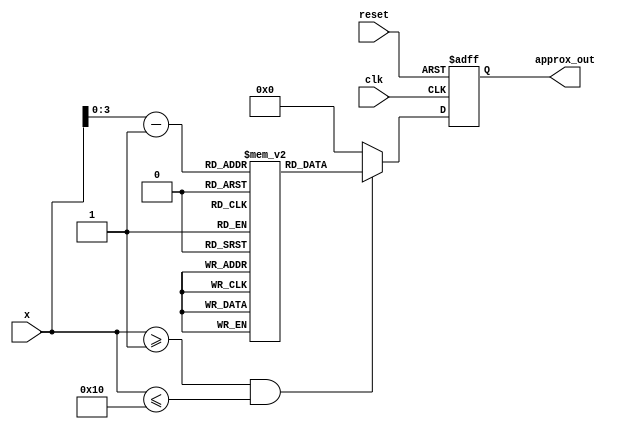
module approx_reciprocal (
    input wire [31:0] x,         // Input value (32-bit)
    output reg [31:0] approx_out, // Approximate reciprocal output (32-bit)
    input wire clk,              // Clock signal
    input wire reset             // Reset signal
);
    
    // LUT for approximate reciprocals for inputs in the range [1, 16]
    reg [31:0] lut [0:15]; // 16 entries for 4-bit input
    initial begin
        lut[0] = 32'hFFFFFFFF; // 1/1 (approx)
        lut[1] = 32'h7FFFFFFF; // 1/2 (approx)
        lut[2] = 32'h3FFFFFFF; // 1/3 (approx)
        lut[3] = 32'h2AAAAAAA; // 1/4 (approx)
        lut[4] = 32'h19999999; // 1/5 (approx)
        lut[5] = 32'h15555555; // 1/6 (approx)
        lut[6] = 32'h13333333; // 1/7 (approx)
        lut[7] = 32'h11111111; // 1/8 (approx)
        lut[8] = 32'h0CCCCCCC; // 1/9 (approx)
        lut[9] = 32'h0AAAAAAA; // 1/10 (approx)
        lut[10] = 32'h0CCCCCCC; // 1/11 (approx)
        lut[11] = 32'h0B6DB6DB; // 1/12 (approx)
        lut[12] = 32'h0AAAAAAA; // 1/13 (approx)
        lut[13] = 32'h0CCCCCCC; // 1/14 (approx)
        lut[14] = 32'h0B6DB6DB; // 1/15 (approx)
        lut[15] = 32'h0AAAAAAA; // 1/16 (approx)
    end

    always @(posedge clk or posedge reset) begin
        if (reset) begin
            approx_out <= 32'b0;
        end else begin
            // Assuming x is in the range [1, 16]
            if (x >= 1 && x <= 16) begin
                approx_out <= lut[x - 1]; // Lookup table indexing
            end else begin
                approx_out <= 32'h0; // Return 0 for out of range
            end
        end
    end

endmodule